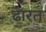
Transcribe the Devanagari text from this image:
ढारत